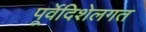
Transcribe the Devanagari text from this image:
पूर्वेदिशेलगत